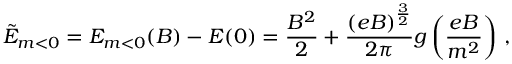
{ \tilde { \cal { E } } } _ { m < 0 } = { \cal { E } } _ { m < 0 } ( B ) - { \cal { E } } ( 0 ) = \frac { B ^ { 2 } } { 2 } + \frac { ( e B ) ^ { \frac { 3 } { 2 } } } { 2 \pi } g \left( \frac { e B } { m ^ { 2 } } \right) \, ,